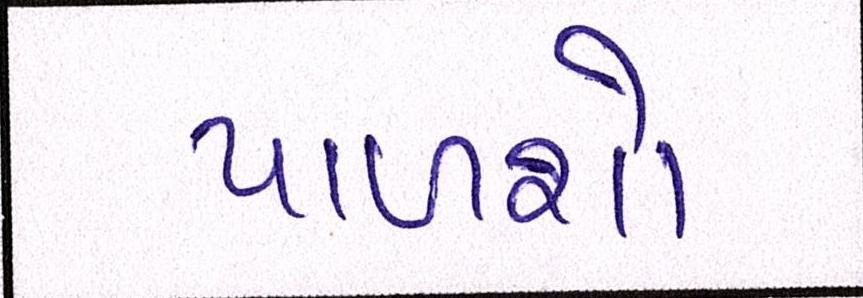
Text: પાળશો